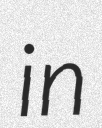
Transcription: in